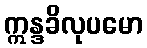
ဣန္ဒခိလုပမော